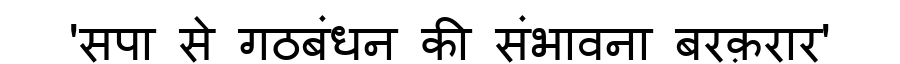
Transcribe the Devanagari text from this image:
'सपा से गठबंधन की संभावना बरक़रार'